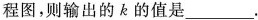
程图，则输出的k的值是___。